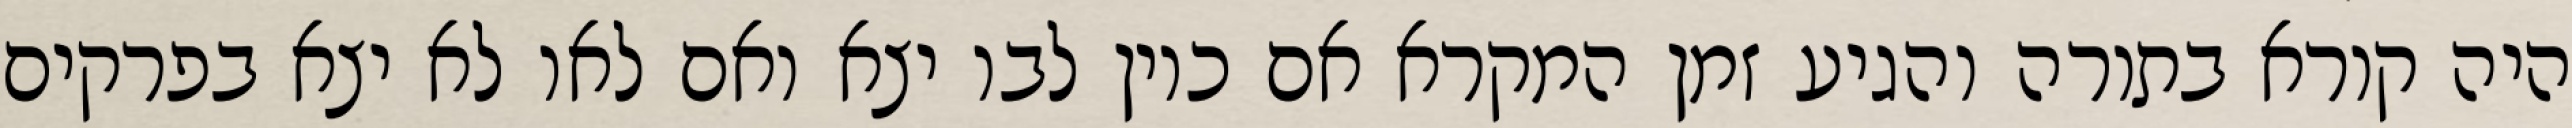
היה קורא בתורה והגיע זמן המקרא אם כיון לבו יצא ואם לאו לא יצא בפרקים